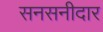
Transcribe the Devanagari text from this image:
सनसनीदार